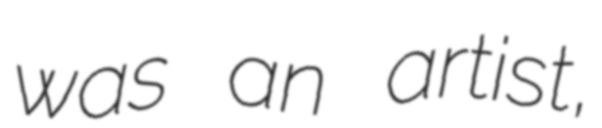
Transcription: was an artist,